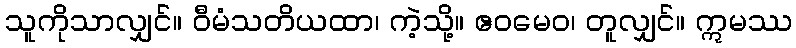
သူကိုသာလျှင်။ ဝီမံသတိယထာ၊ ကဲ့သို့။ ဧဝမေဝ၊ တူလျှင်။ ဣမဿ